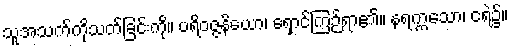
သူအသက်ကိုသတ်ခြင်းကို။ ပရိဝဇ္ဇနိယော၊ ရှောင်ကြဉ်ရာ၏။ နရက္ကသော၊ ငရဲ၌။